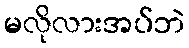
မလိုလားအပ်ဘဲ